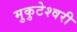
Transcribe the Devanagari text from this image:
मुकुटेश्वरी